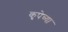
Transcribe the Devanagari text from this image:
कृपेच्या